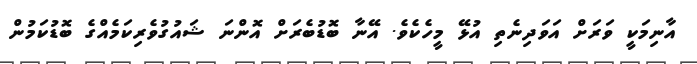
އާނިމަކީ ވަރަށް އަވަދިނެތި އުޅޭ މީހެކެވެ. އޭނާ ބޮޑުބެރަށް އޮންނަ ޝައުގުވެރިކަމެއްގެ ބޮޑުކަމުން